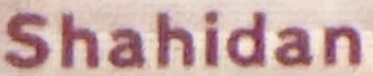
Shahidan